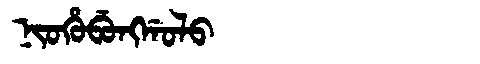
Manchu: ᠨᡳᠣᡥᡠᠪᡠᠩᡤᠣᠯᠣ
Romanization: NIOHUBUNGGOLO